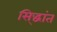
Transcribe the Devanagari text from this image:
सि्द्धांत